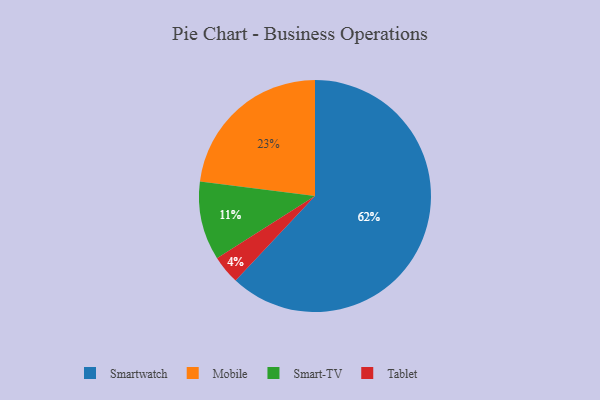
{"axis": {"x": "Category", "y": "Percentage"}, "legend": ["Mobile", "Smart-TV", "Smartwatch", "Tablet"], "data": [{"x": "Mobile", "y": 23, "type": "Mobile"}, {"x": "Smartwatch", "y": 62, "type": "Smartwatch"}, {"x": "Smart-TV", "y": 11, "type": "Smart-TV"}, {"x": "Tablet", "y": 4, "type": "Tablet"}]}